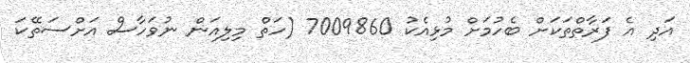
އަދި އެ ފަރާތްތަކަށް ބެހުމަށް މުޅިއެކު 7009860 (ހަތް މިލިއަން ނުވަހާސް އަށްސަތޭކަ